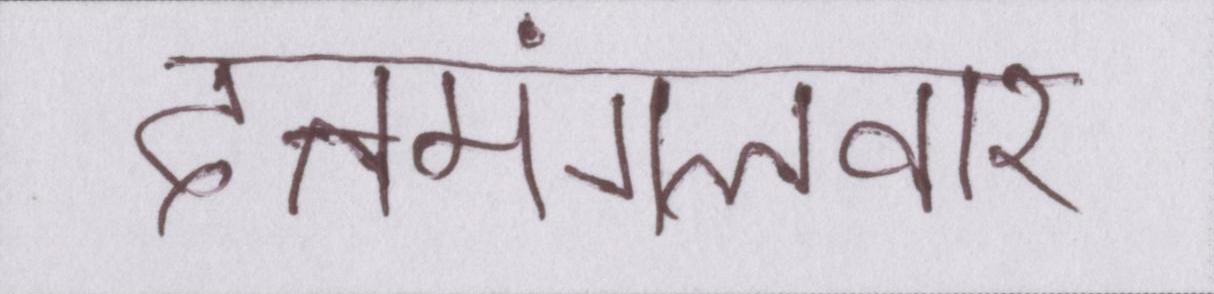
दत्तमंगलवार